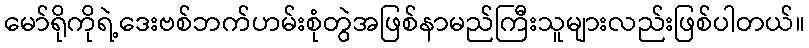
မော်ရိုကိုရဲ့ဒေးဗစ်ဘက်ဟမ်းစုံတွဲအဖြစ်နာမည်ကြီးသူများလည်းဖြစ်ပါတယ်။